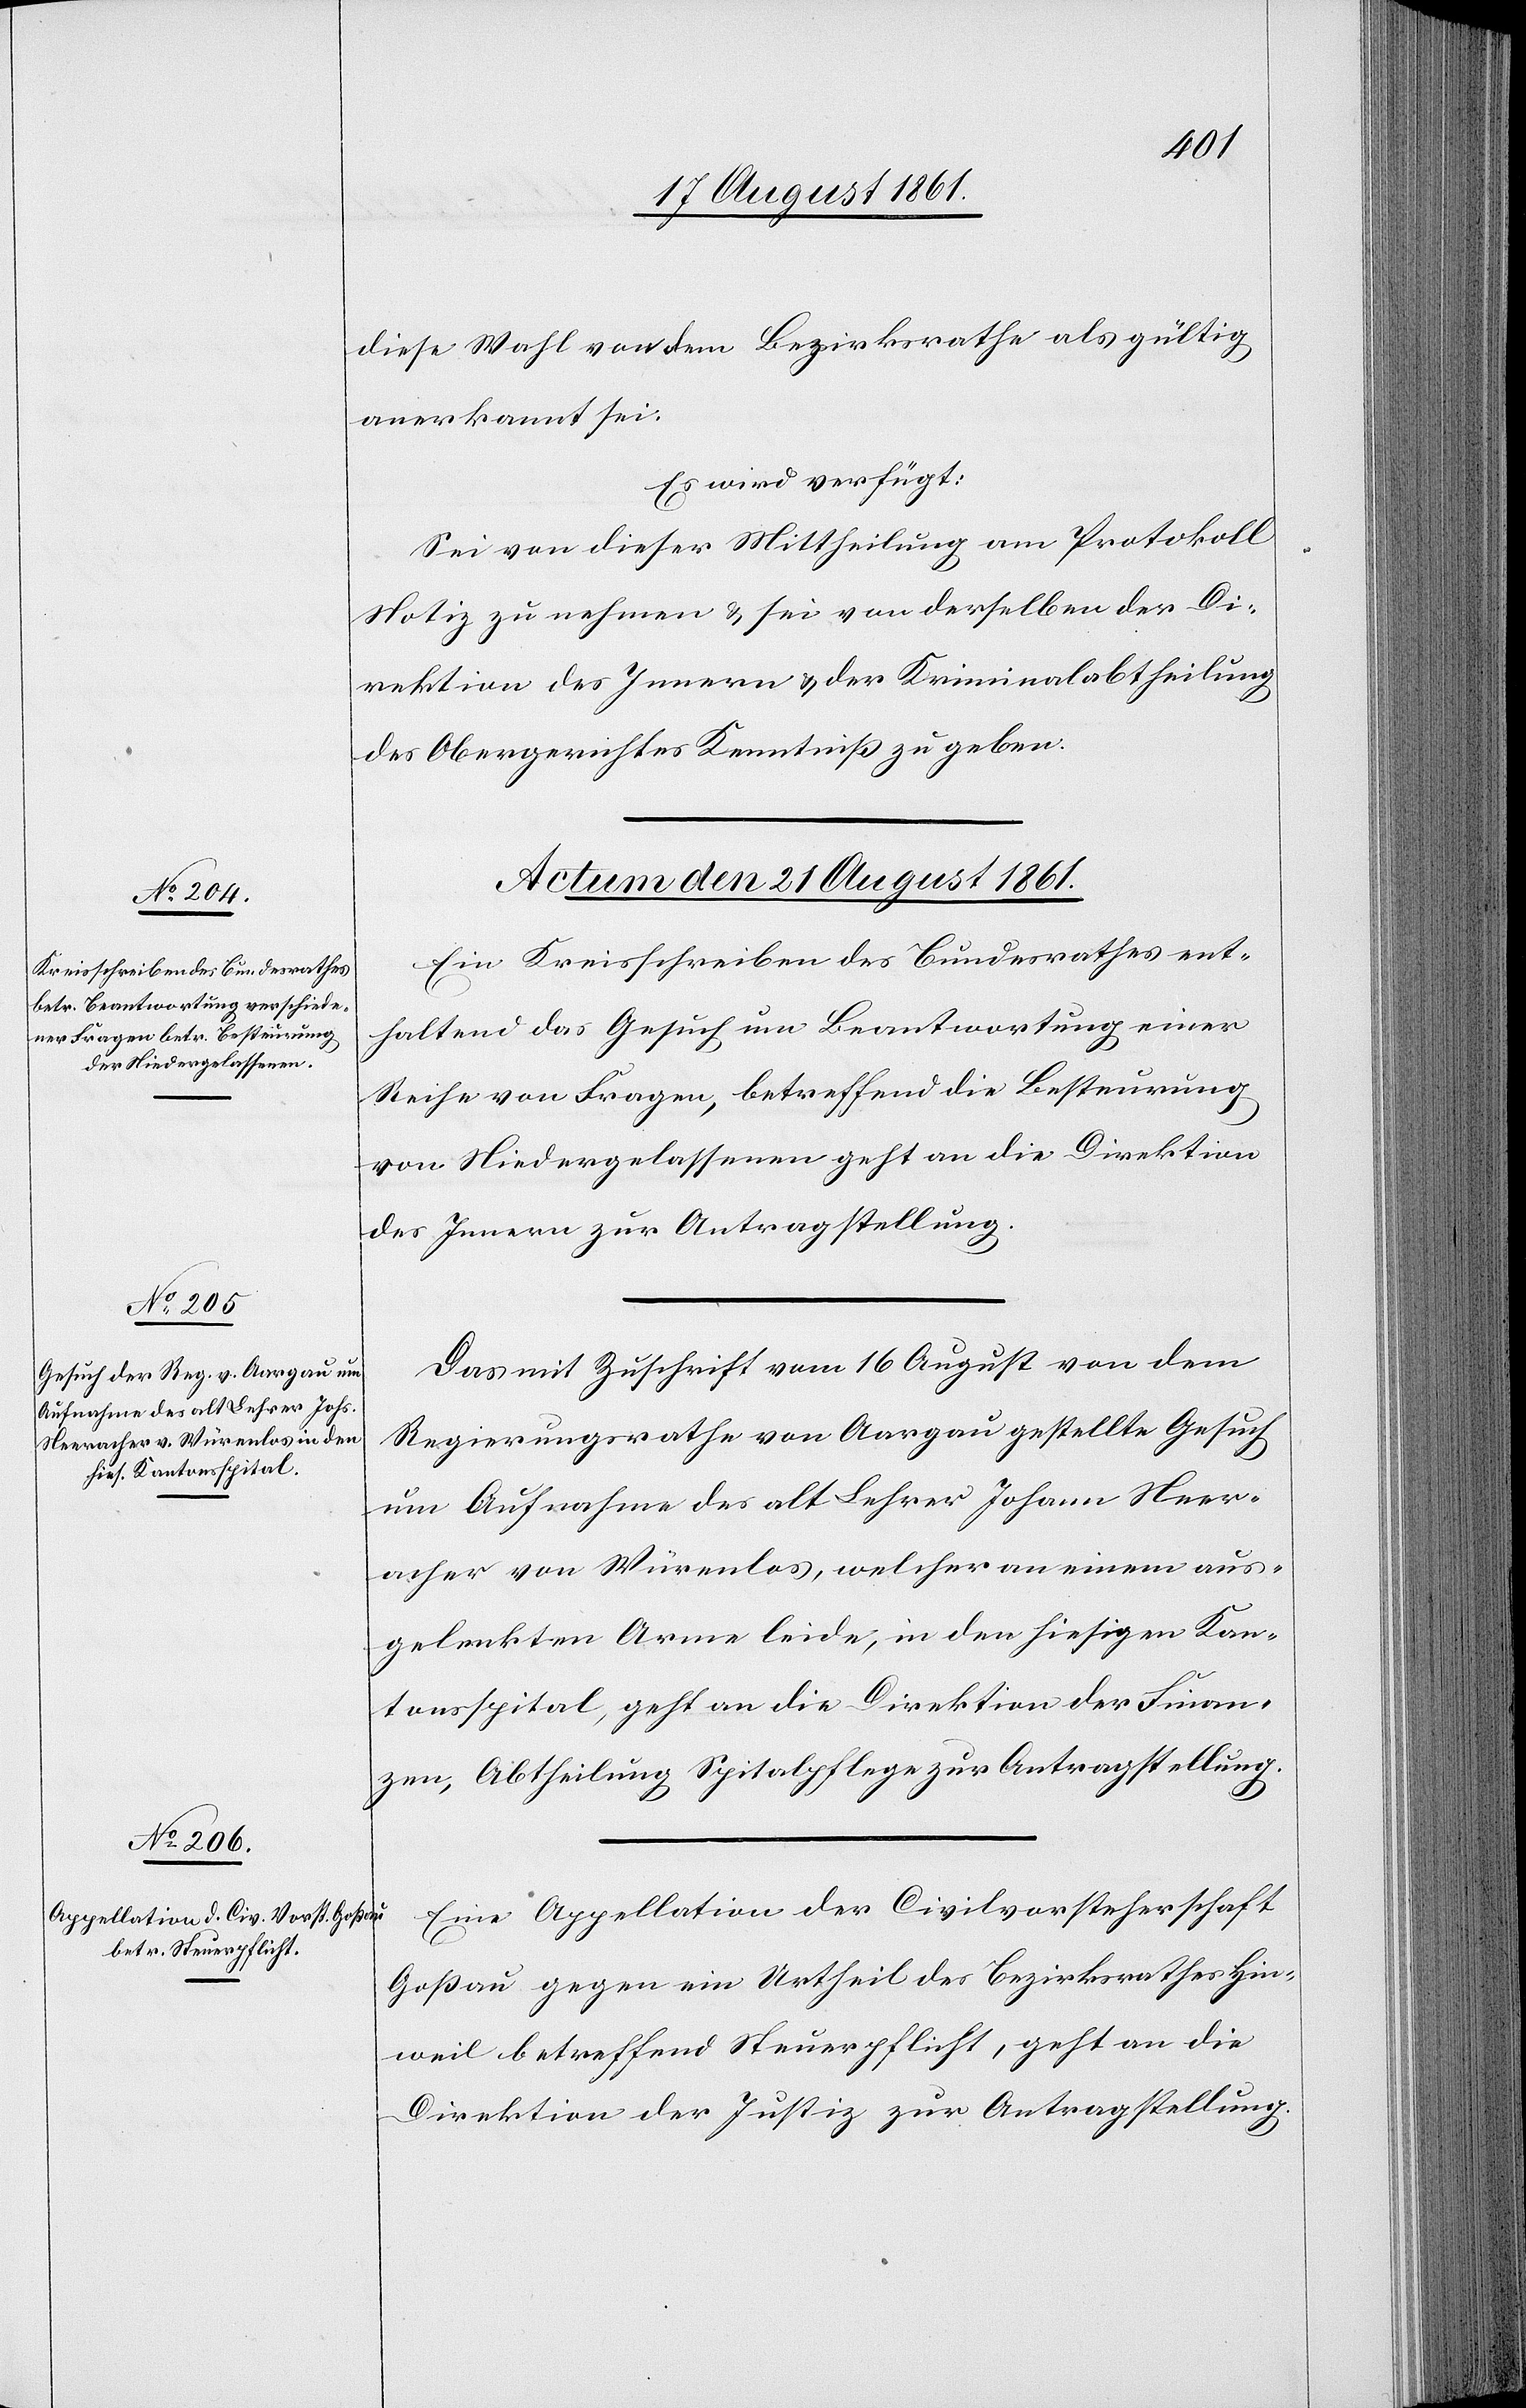
diese Wahl von dem Bezirksrathe als gültig
anerkannt sei.
Es wird verfügt:
Sei von dieser Mittheilung am Protokoll
Notiz zu nehmen u. sei von derselben der Di¬
rektion des Innern u. der Kriminalabtheilung
des Obergerichtes Kenntniß zu geben.
Actum den 21 August 1861.]
Ein Kreisschreiben des Bundesrathes ent¬
haltend das Gesuch um Beantwortung einer
Reihe von Fragen, betreffend die Besteurung
von Niedergelassenen geht an die Direktion
des Innern zur Antragstellung.
Das mit Zuschrift vom 16 August von dem
Regierungsrathe von Aargau gestellte Gesuch
um Aufnahme des alt Lehrer Johann Neer¬
acher von Würenlos, welcher an einem aus¬
gelenkten Arme leide, in den hiesigen Kan¬
tonsspital, geht an die Direktion der Finan¬
zen, Abtheilung Spitalpflege zur Antragstellung.
Eine Appellation der Civilvorsteherschaft
Goßau gegen ein Urtheil der Bezirksrathes Hin¬
weil betreffend Steuerpflicht, geht an die
Direktion der Justiz zur Antragstellung